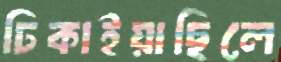
ঢিকাইয়াছিলে